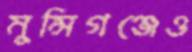
মুন্সিগঞ্জেও